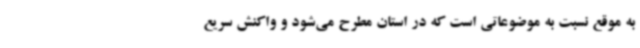
به موقع نسبت به موضوعاتی است که در استان ‌مطرح می‌شود و واکنش سریع